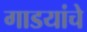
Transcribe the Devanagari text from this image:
गाडयांचे